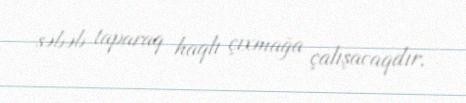
səbəb taparaq haqlı çıxmağa çalışacaqdır.